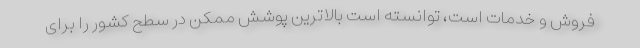
فروش و خدمات است، توانسته است بالاترین پوشش ممکن در سطح کشور را برای